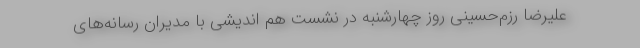
علیرضا رزم‌حسینی روز چهارشنبه در نشست هم اندیشی با مدیران رسانه‌های